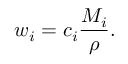
w _ { i } = c _ { i } { \frac { M _ { i } } { \rho } } .